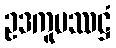
ဥဒကူပဿဋ္ဌံ